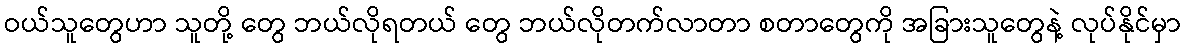
ဝယ်သူတွေဟာ သူတို့ တွေ ဘယ်လိုရတယ် တွေ ဘယ်လိုတက်လာတာ စတာတွေကို အခြားသူတွေနဲ့ လုပ်နိုင်မှာ